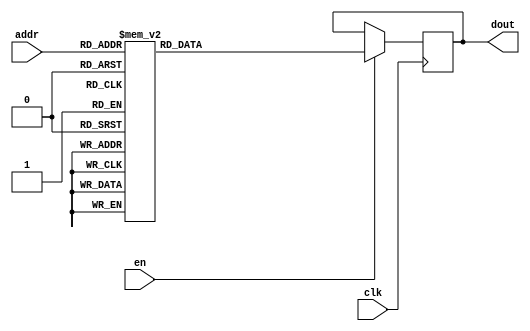
module DC_7_REF_ROM_9(
// inputs
clk,
en,
addr,
// outputs
dout
);
localparam ROM_WID = 14;
localparam ROM_DEP = 32;
localparam ROM_ADDR = 5;
// input definition
input clk;
input en;
input [ROM_ADDR-1:0] addr;
// output definition
output [ROM_WID-1:0] dout;
reg [ROM_WID-1:0] data;
always @(posedge clk)
begin
if (en) begin
case(addr)
		5'd0: data <= 14'b01001001101111;
		5'd1: data <= 14'b01001001011010;
		5'd2: data <= 14'b01001111110000;
		5'd3: data <= 14'b01001000010010;
		5'd4: data <= 14'b01000110001010;
		5'd5: data <= 14'b01000110011010;
		5'd6: data <= 14'b01001000011000;
		5'd7: data <= 14'b01001010010101;
		5'd8: data <= 14'b01001111001100;
		5'd9: data <= 14'b01001000110010;
		5'd10: data <= 14'b01001000111111;
		5'd11: data <= 14'b01001001110111;
		5'd12: data <= 14'b01001100010110;
		5'd13: data <= 14'b01001100110110;
		5'd14: data <= 14'b01000111011011;
		5'd15: data <= 14'b01000111010010;
		5'd16: data <= 14'b01001000110111;
		5'd17: data <= 14'b01001001101010;
		5'd18: data <= 14'b01001001000000;
		5'd19: data <= 14'b01001110110010;
		5'd20: data <= 14'b01001010111010;
		5'd21: data <= 14'b01000110001111;
		5'd22: data <= 14'b01001010001000;
		5'd23: data <= 14'b01001001011011;
		5'd24: data <= 14'b01001001000110;
		5'd25: data <= 14'b01001001001110;
		5'd26: data <= 14'b01001001001000;
		5'd27: data <= 14'b01001001110100;
		5'd28: data <= 14'b01001001111011;
		5'd29: data <= 14'b01001010011100;
		5'd30: data <= 14'b01000110000000;
		5'd31: data <= 14'b01001101101000;
		endcase
		end
	end
	assign dout = data;
endmodule